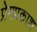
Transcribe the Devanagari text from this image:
प्रेमप्रकाश